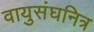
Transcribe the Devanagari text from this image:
वायुसंघनित्र